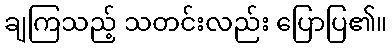
ချကြသည့် သတင်းလည်း ပြောပြ၏။